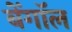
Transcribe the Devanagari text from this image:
बेंगाॅल